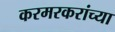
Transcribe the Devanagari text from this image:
करमरकरांच्या